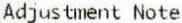
ADJUSTMENT NOTE